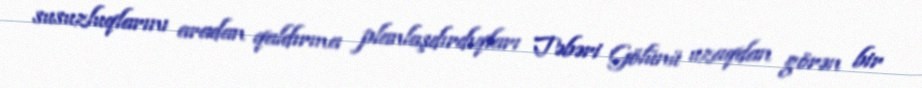
susuzluqlarını aradan qaldırma planlaşdırdıqları Təbəri Gölünü uzaqdan görən bir